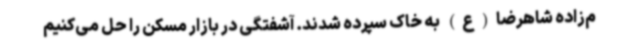
م‌زاده شاهرضا(ع) به خاک سپرده شدند. آشفتگی در بازار مسکن را حل می‌کنیم